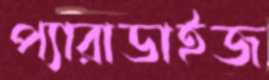
প্যারাডাইজ